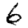
Digit: 6